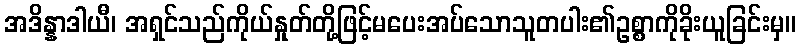
အဒိန္နာဒါယီ၊ အရှင်သည်ကိုယ်နှုတ်တို့ဖြင့်မပေးအပ်သောသူတပါး၏ဥစ္စာကိုခိုးယူခြင်းမှ။